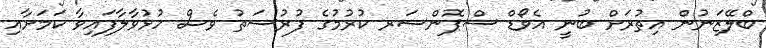
ބްލޭޒަނުން އިތުރަށް ބުނީ އެވޯޑް ސްޕޮންސަރ ކުރުމުގެ ފުރުސަތު ވެސް ހުޅުވާލާފައިވާ ކަމަށާއި